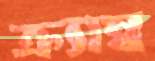
ক্র্যাম্ব